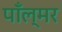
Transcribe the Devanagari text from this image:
पाँल्मर